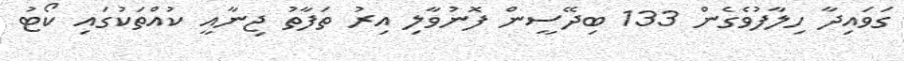
ގަވައިދާ ހިލާފުވެގެން 133 ބިދޭސީން ފޮނުވާލި އިރު ތަފާތު ޖިނާއީ ކުއްތަކުގައި ކޯޓު